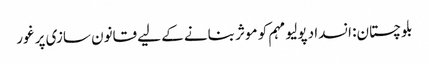
بلوچستان: انسداد پولیو مہم کو موثر بنانے کے لیے قانون سازی پر غور